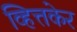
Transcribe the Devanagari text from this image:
व्हित्तकेर